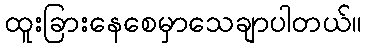
ထူးခြားနေစေမှာသေချာပါတယ်။